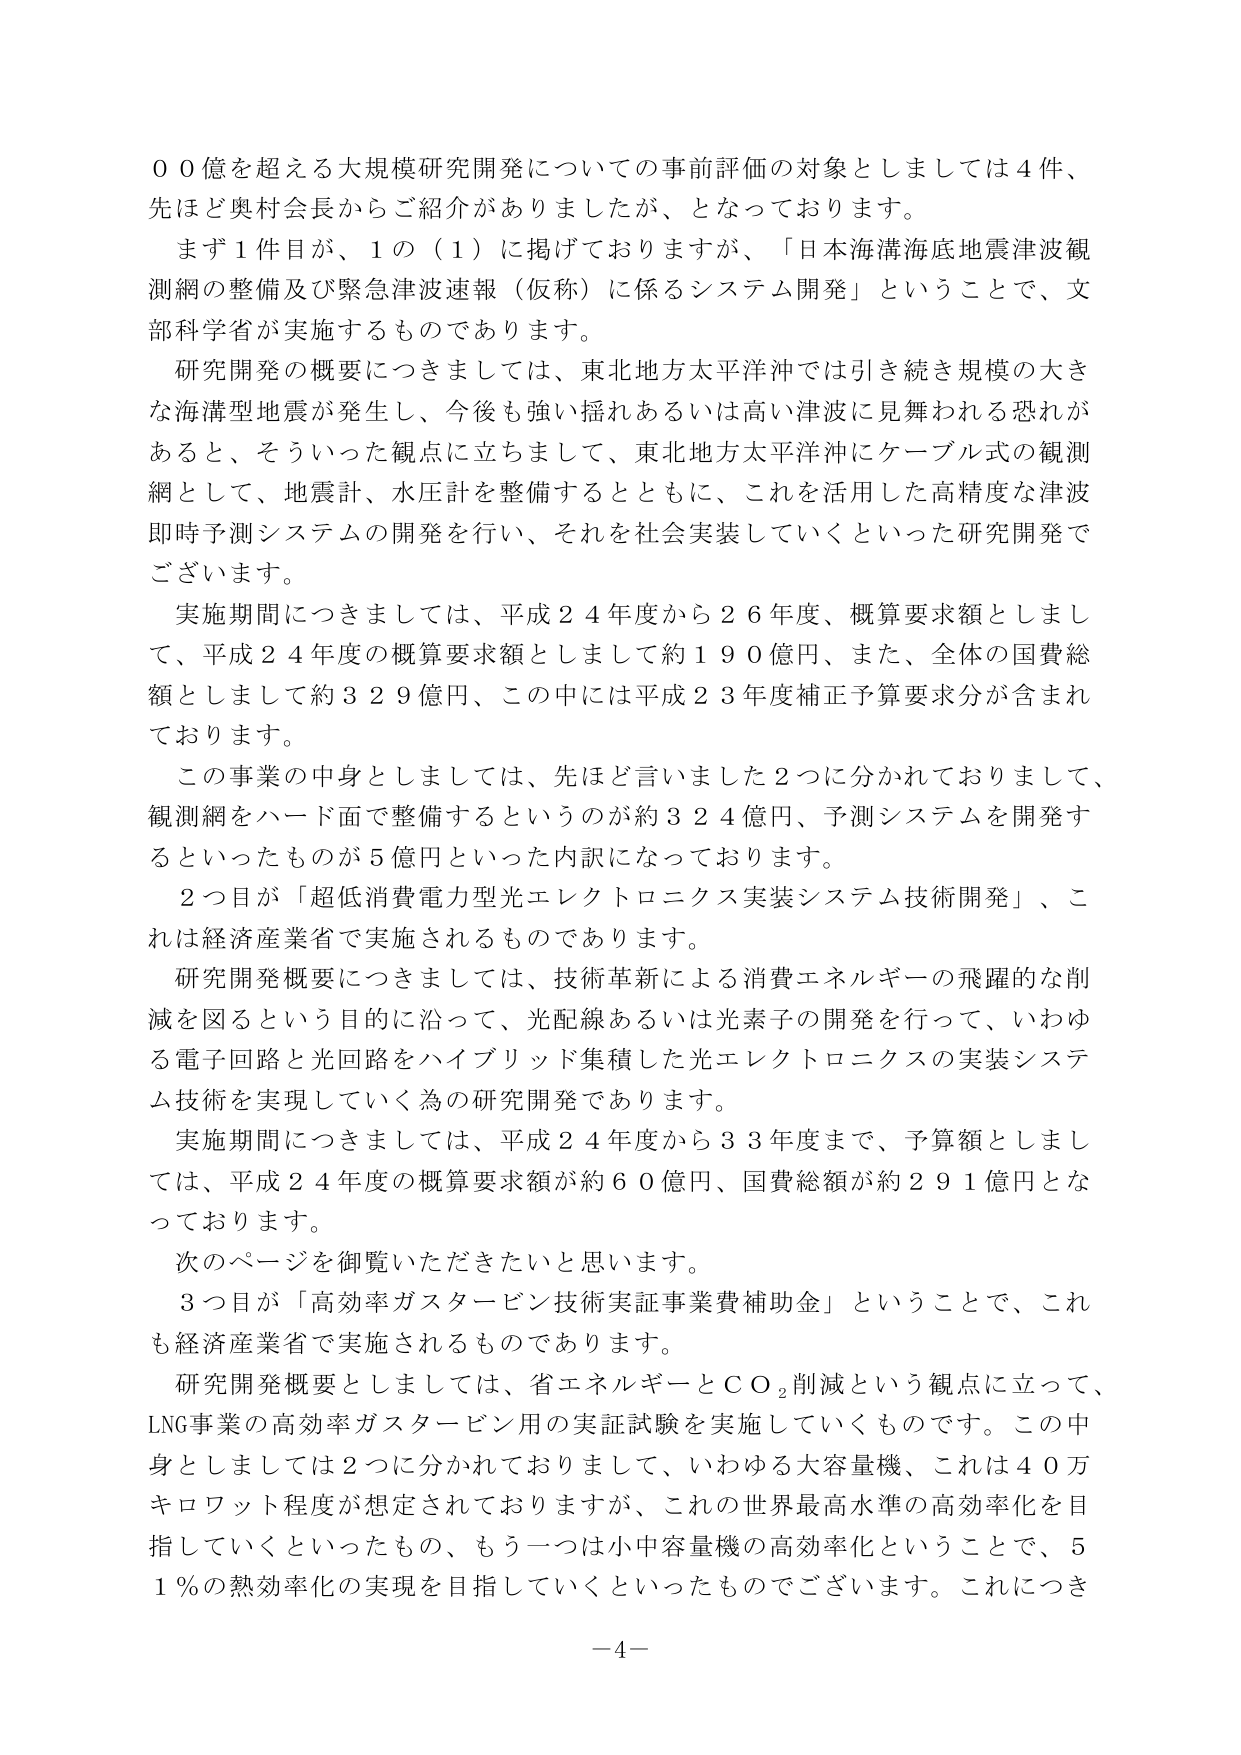
００億を超える大規模研究開発についての事前評価の対象としましては４件、
先ほど奥村会長からご紹介がありました、となっております。
まず１件目が、１の（１）に掲げておりますが、「日本海溝海底地震津波観
測網の整備及び緊急津波速報（仮称）に係るシステム開発」ということで、文
部科学省が実施するものであります。
研究開発の概要につきましては、東北地方太平洋沖では引き続き規模の大き
な海溝型地震が発生し、今後も強い揺れあるいは高い津波に見舞われる恐れが
あると、そういった観点に立ちまして、東北地方太平洋沖にケーブル式の観測
網として、地震計、水圧計を整備するとともに、これを活用した高精度な津波
即時予測システムの開発を行い、それを社会実装していくといった研究開発で
ございます。
実施期間につきましては、平成２４年度から２６年度、概算要求額としまし
て、平成２４年度の概算要求額としまして約１９０億円、また、全体の国費総
額としまして約３２９億円、この中には平成２３年度補正予算要求分が含まれ
ております。
この事業の中身としましては、先ほど言いました２つに分かれておりまして、
観測網をハード面で整備するというのが約３２４億円、予測システムを開発す
るといったものが５億円といった内訳になっております。
２つ目が「超低消費電力型光エレクトロニクス実装システム技術開発」、こ
れは経済産業省で実施されるものであります。
研究開発概要につきましては、技術革新による消費エネルギーの飛躍的な削
減を図るという目的に沿って、光配線あるいは光素子の開発を行って、いわゆ
る電子回路と光回路をハイブリッド集積した光エレクトロニクスの実装システ
ム技術を実現していく為の研究開発であります。
実施期間につきましては、平成２４年度から３３年度まで、予算額としまし
ては、平成２４年度の概算要求額が約６０億円、国費総額が約２９１億円とな
っております。
次のページを御覧いただきたいと思います。
３つ目が「高効率ガスタービン技術実証事業費補助金」ということで、これ
も経済産業省で実施されるものであります。
研究開発概要としましては、省エネルギーとＣＯ₂削減という観点に立って、
LNG事業の高効率ガスタービン用の実証試験を実施していくものです。この中
身としましては２つに分かれておりまして、いわゆる大容量機、これは４０万
キロワット程度が想定されておりますが、これの世界最高水準の高効率化を目
指していくといったもの、もう一つは小中容量機の高効率化ということで、５
１％の熱効率化の実現を目指していくといったものでございます。これにつき
－４－